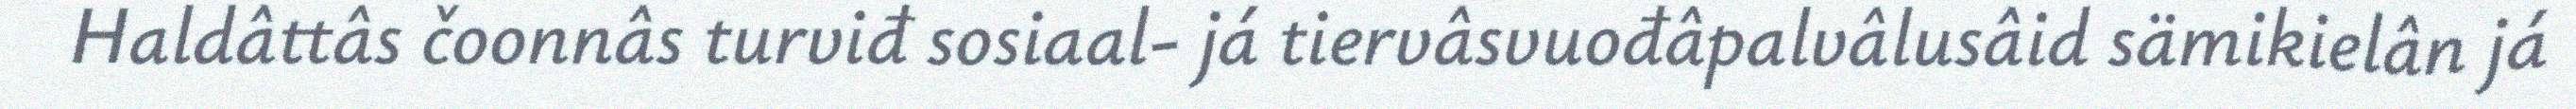
Haldâttâs čoonnâs turviđ sosiaal- já tiervâsvuođâpalvâlusâid sämikielân já